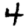
Digit: 4